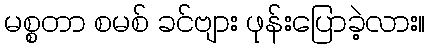
မစ္စတာ စမစ် ခင်ဗျား ဖုန်းပြောခဲ့လား။